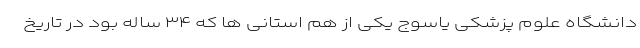
دانشگاه علوم پزشکی یاسوج یکی از هم استانی ها که ٣۴ ساله بود در تاریخ